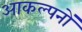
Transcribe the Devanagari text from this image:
आकल्पनों